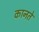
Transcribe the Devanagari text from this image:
कानते